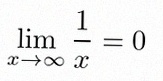
\lim_{x\to\infty}\frac{1}{x}=0